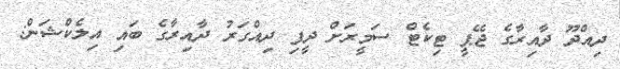
ދިއްދޫ ދާއިރާގެ ޖޭޕީ ޓިކެޓް ސަމީރަށް ދީފި ދިއްގަރު ދާއިރާގެ ބައި އިލެކްޝަން: